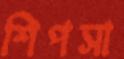
শিপসা